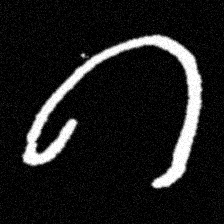
Pyu character \u2014 Myanmar letter: ဂ (romanized: ga)